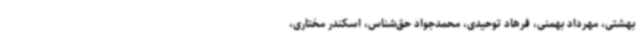
بهشتی، مهرداد بهمنی، فرهاد توحیدی، محمدجواد حق‌شناس، اسکندر مختاری،